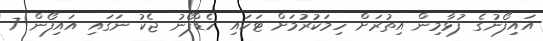
އައިފޯނުގެ ފުޅާމިން އިތުރަށް ހިމަކުރުމަށް ޓަކައި ހެޑްފޯނު ޖެކު ނަގައި އައިފޯން 7